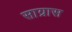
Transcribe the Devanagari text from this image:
साग्रास